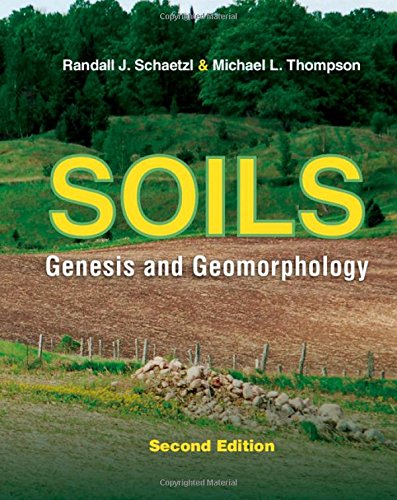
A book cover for Soils: Genesis and Geomorphology; Randall Schaetzl; Science & Math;